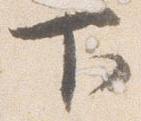
下